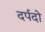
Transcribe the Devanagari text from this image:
दर्पदो